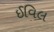
ઈવિલ